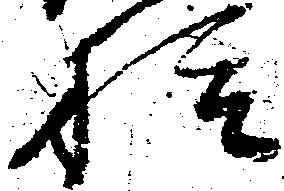
種